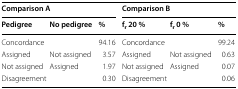
| <COLSPAN=3> Comparison A | <COLSPAN=3> Comparison B |
 | Pedigree | No pedigree | % | fr 20 % | fr 0 % | % |
 | --- | --- | --- | --- | --- | --- |
 | <COLSPAN=2> Concordance | 94.16 | <COLSPAN=2> Concordance | 99.24 |
 | Assigned | Not assigned | 3.57 | Assigned | Not assigned | 0.63 |
 | Not assigned | Assigned | 1.97 | Not assigned | Assigned | 0.07 |
 | <COLSPAN=2> Disagreement | 0.30 | <COLSPAN=2> Disagreement | 0.06 |